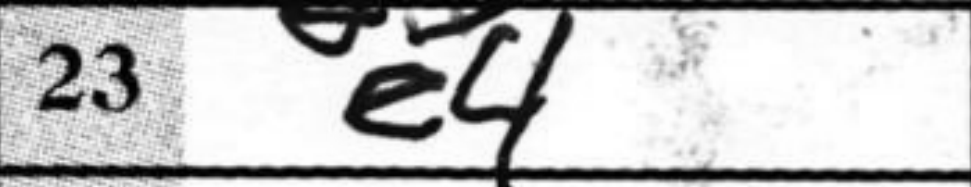
Transcription: e4